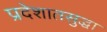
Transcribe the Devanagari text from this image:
प्रदेशातसुद्धा